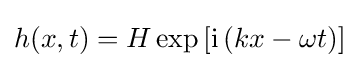
h(x,t)=H\exp \left[\mathrm {i} \left(kx-\omega t\right)\right]